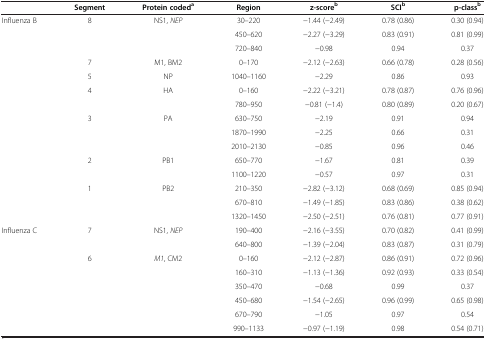
<table><thead><tr><td><b> </b></td><td><b>Segment</b></td><td><b>Protein coded<sup>a</sup></b></td><td><b>Region</b></td><td><b>z-score<sup>b</sup></b></td><td><b>SCI<sup>b</sup></b></td><td><b>p-class<sup>b</sup></b></td></tr></thead><tbody><tr><td>Influenza B</td><td>8</td><td>NS1, <i>NEP</i></td><td>30–220</td><td>−1.44 (−2.49)</td><td>0.78 (0.86)</td><td>0.30 (0.94)</td></tr><tr><td> </td><td> </td><td> </td><td>450–620</td><td>−2.27 (−3.29)</td><td>0.83 (0.91)</td><td>0.81 (0.99)</td></tr><tr><td> </td><td> </td><td> </td><td>720–840</td><td>−0.98</td><td>0.94</td><td>0.37</td></tr><tr><td> </td><td>7</td><td>M1, BM2</td><td>0–170</td><td>−2.12 (−2.63)</td><td>0.66 (0.78)</td><td>0.28 (0.56)</td></tr><tr><td> </td><td>5</td><td>NP</td><td>1040–1160</td><td>−2.29</td><td>0.86</td><td>0.93</td></tr><tr><td> </td><td>4</td><td>HA</td><td>0–160</td><td>−2.22 (−3.21)</td><td>0.78 (0.87)</td><td>0.76 (0.96)</td></tr><tr><td> </td><td> </td><td> </td><td>780–950</td><td>−0.81 (−1.4)</td><td>0.80 (0.89)</td><td>0.20 (0.67)</td></tr><tr><td> </td><td>3</td><td>PA</td><td>630–750</td><td>−2.19</td><td>0.91</td><td>0.94</td></tr><tr><td> </td><td> </td><td> </td><td>1870–1990</td><td>−2.25</td><td>0.66</td><td>0.31</td></tr><tr><td> </td><td> </td><td> </td><td>2010–2130</td><td>−0.85</td><td>0.96</td><td>0.46</td></tr><tr><td> </td><td>2</td><td>PB1</td><td>650–770</td><td>−1.67</td><td>0.81</td><td>0.39</td></tr><tr><td> </td><td> </td><td> </td><td>1100–1220</td><td>−0.57</td><td>0.97</td><td>0.31</td></tr><tr><td> </td><td>1</td><td>PB2</td><td>210–350</td><td>−2.82 (−3.12)</td><td>0.68 (0.69)</td><td>0.85 (0.94)</td></tr><tr><td> </td><td> </td><td> </td><td>670–810</td><td>−1.49 (−1.85)</td><td>0.83 (0.86)</td><td>0.38 (0.62)</td></tr><tr><td> </td><td> </td><td> </td><td>1320–1450</td><td>−2.50 (−2.51)</td><td>0.76 (0.81)</td><td>0.77 (0.91)</td></tr><tr><td>Influenza C</td><td>7</td><td>NS1, <i>NEP</i></td><td>190–400</td><td>−2.16 (−3.55)</td><td>0.70 (0.82)</td><td>0.41 (0.99)</td></tr><tr><td> </td><td> </td><td> </td><td>640–800</td><td>−1.39 (−2.04)</td><td>0.83 (0.87)</td><td>0.31 (0.79)</td></tr><tr><td> </td><td>6</td><td><i>M1</i>, CM2</td><td>0–160</td><td>−2.12 (−2.87)</td><td>0.86 (0.91)</td><td>0.72 (0.96)</td></tr><tr><td> </td><td> </td><td> </td><td>160–310</td><td>−1.13 (−1.36)</td><td>0.92 (0.93)</td><td>0.33 (0.54)</td></tr><tr><td> </td><td> </td><td> </td><td>350–470</td><td>−0.68</td><td>0.99</td><td>0.37</td></tr><tr><td> </td><td> </td><td> </td><td>450–680</td><td>−1.54 (−2.65)</td><td>0.96 (0.99)</td><td>0.65 (0.98)</td></tr><tr><td> </td><td> </td><td> </td><td>670–790</td><td>−1.05</td><td>0.97</td><td>0.54</td></tr><tr><td> </td><td> </td><td> </td><td>990–1133</td><td>−0.97 (−1.19)</td><td>0.98</td><td>0.54 (0.71)</td></tr></tbody></table>